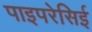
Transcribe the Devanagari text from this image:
पाइपरेसिई